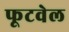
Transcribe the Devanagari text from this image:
फूटवेल